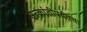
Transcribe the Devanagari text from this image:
उत्क्रांतीपर्यंतचा